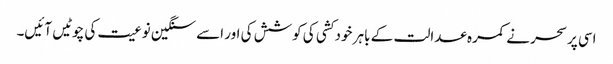
اسی پر سحر نے کمرہ عدالت کے باہر خود کشی کی کوشش کی اور اسے سنگین نوعیت کی چوٹیں آئیں۔